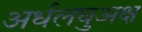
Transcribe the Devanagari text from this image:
अर्धलघुअक्ष